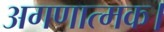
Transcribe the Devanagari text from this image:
अगणात्मक।